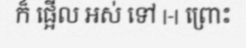
ក៏ ផ្អើល អស់ ទៅ |-| ព្រោះ